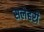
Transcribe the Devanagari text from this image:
सलेहरी